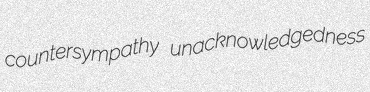
countersympathy unacknowledgedness